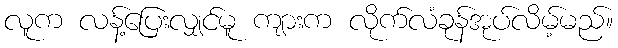
လူက လန့်ပြေးလျှင်မူ ကျားက လိုက်လံခုန်အုပ်လိမ့်မည်။